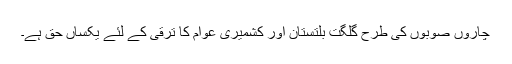
چاروں صوبوں کی طرح گلگت بلتستان اور کشمیری عوام کا ترقی کے لئے یکساں حق ہے۔